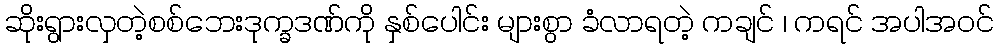
ဆိုးရွားလှတဲ့စစ်ဘေးဒုက္ခဒဏ်ကို နှစ်ပေါင်း များစွာ ခံလာရတဲ့ ကချင် ၊ ကရင် အပါအဝင်